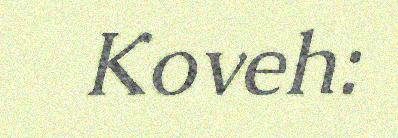
Koveh: